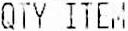
QTY ITEM